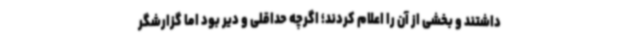
داشتند و بخشی از آن را اعلام کردند؛ اگرچه حداقلی و دیر بود اما گزارشگر